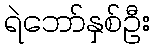
ရဲဘော်နှစ်ဦး